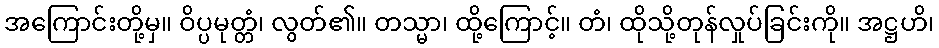
အကြောင်းတို့မှ။ ဝိပ္ပမုတ္တံ၊ လွတ်၏။ တသ္မာ၊ ထို့ကြောင့်။ တံ၊ ထိုသို့တုန်လှုပ်ခြင်းကို။ အဋ္ဌဟိ၊